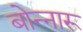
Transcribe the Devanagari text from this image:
बोन्नारू